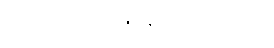
ယနေ့အထိ ပျံ့နှံ့နေပါတော့တယ်။